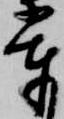
輩